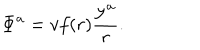
LaTeX: { \bf \Phi } ^ { a } = v f ( r ) \frac { { \bf y } ^ { a } } { r } .